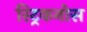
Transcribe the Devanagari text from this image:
स्ट्रिकनोस